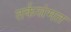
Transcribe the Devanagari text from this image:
तर्कसंमत